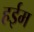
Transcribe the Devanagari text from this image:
हईम